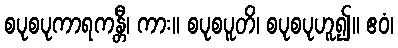
စပုစပုကာရကန္တီ၊ ကား။ စပုစပူတိ၊ စပုစပုဟူ၍။ ဧဝံ၊